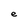
Character: e